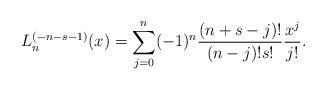
LaTeX: \begin{align*}L_n^{(-n-s-1)}(x)=\displaystyle\sum_{j=0}^{n}(-1)^n\frac{(n+s-j)!}{(n-j)! s!}\frac{x^j}{j!}.\end{align*}